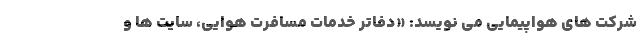
شرکت های هواپیمایی می نویسد: «دفاتر خدمات مسافرت هوایی، سایت ها و